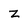
Character: z